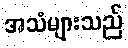
အသံများသည်